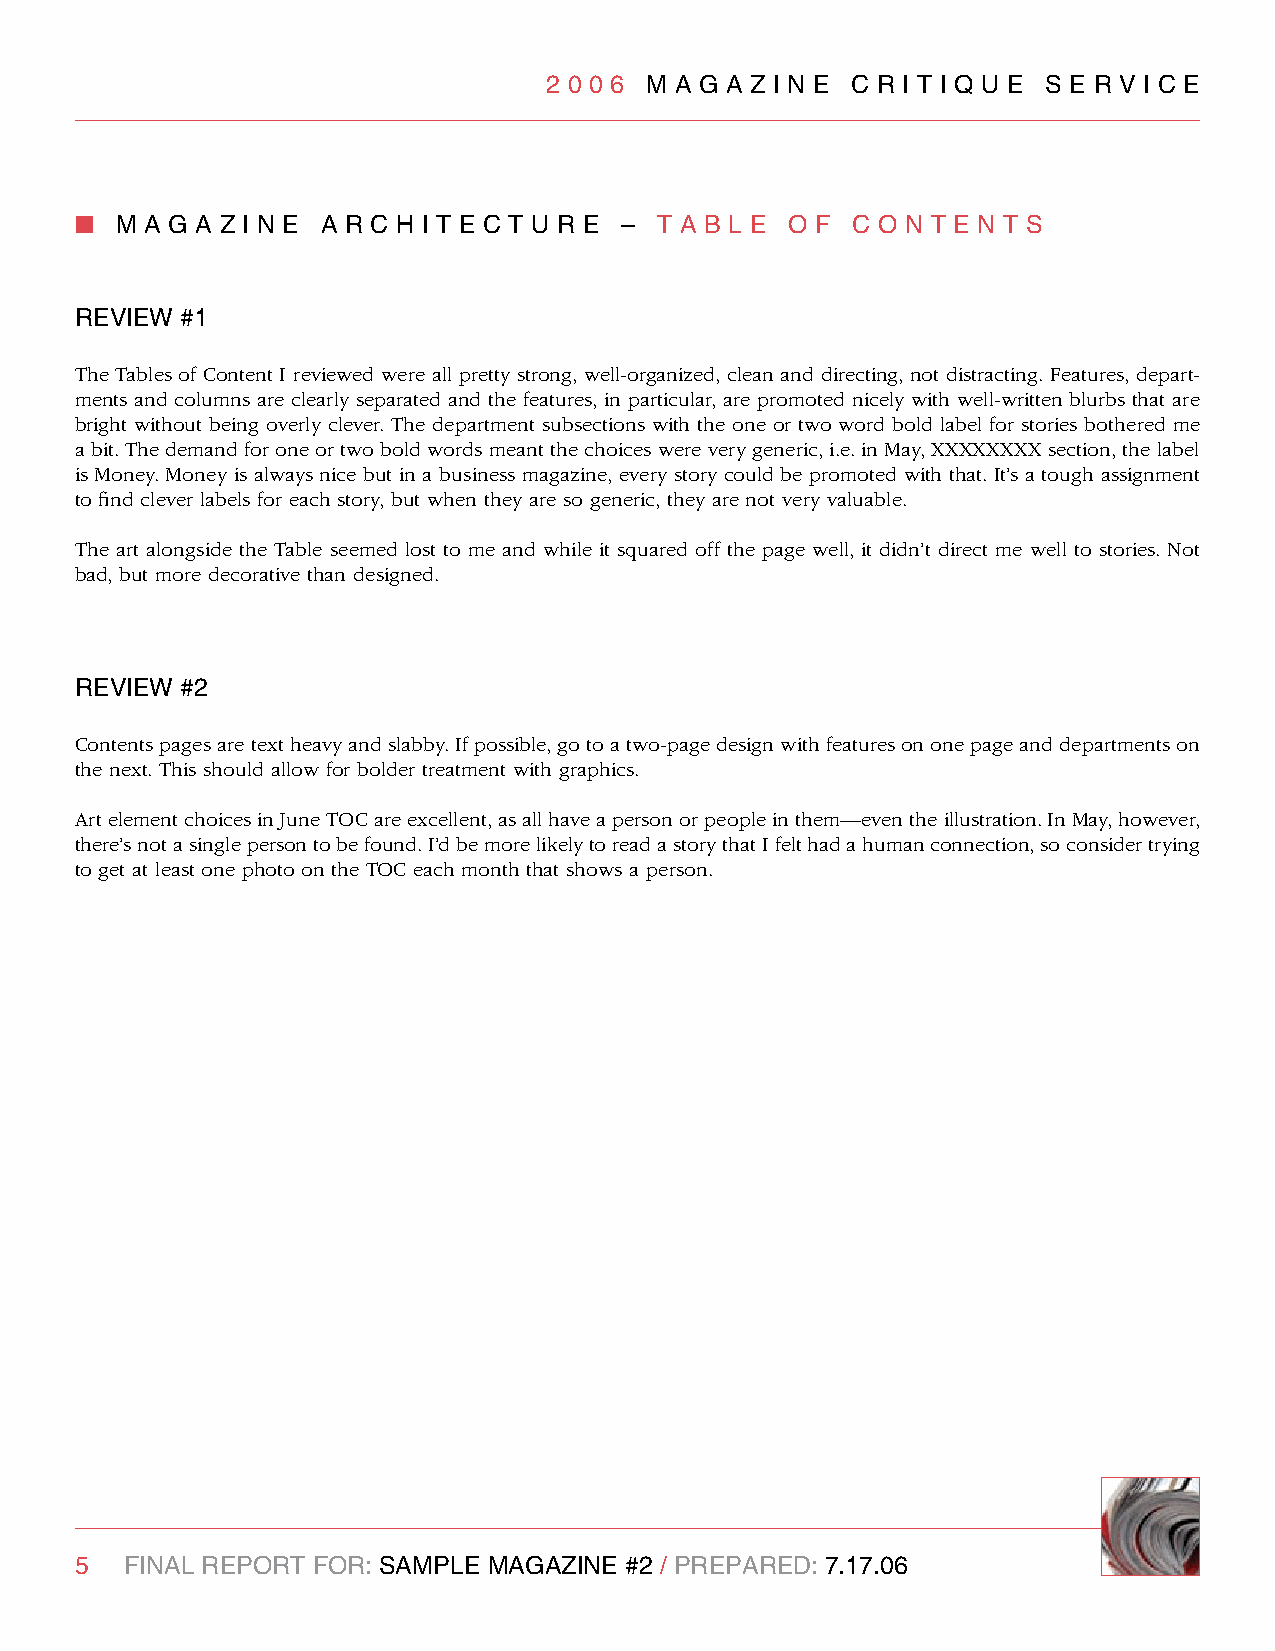
2 0 0 6 M A g A z I n e C R I T I q U e S e R v I C e
 n  M A g A z I n e A R C H I T e C T U R e – T A B l e O F C O n T e n T S
 RevIew #1
 The Tables of Content I reviewed were all pretty strong, well-organized, clean and directing, not distracting. Features, depart-
 ments and columns are clearly separated and the features, in particular, are promoted nicely with well-written blurbs that are
 bright without being overly clever. The department subsections with the one or two word bold label for stories bothered me
 a bit. The demand for one or two bold words meant the choices were very generic, i.e. in May, XXXXXXXX section, the label
 is Money. Money is always nice but in a business magazine, every story could be promoted with that. It’s a tough assignment
 to find clever labels for each story, but when they are so generic, they are not very valuable.
 The art alongside the Table seemed lost to me and while it squared off the page well, it didn’t direct me well to stories. Not
 bad, but more decorative than designed.
 RevIew #2
 Contents pages are text heavy and slabby. If possible, go to a two-page design with features on one page and departments on
 the next. This should allow for bolder treatment with graphics.
 Art element choices in June TOC are excellent, as all have a person or people in them—even the illustration. In May, however,
 there’s not a single person to be found. I’d be more likely to read a story that I felt had a human connection, so consider trying
 to get at least one photo on the TOC each month that shows a person.
 5  FInAl RePORT FOR: SAMPle MAgAzIne #2 / PRePARed: 7.17.06